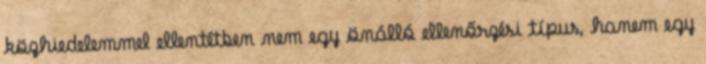
közhiedelemmel ellentétben nem egy önálló ellenőrzési típus, hanem egy